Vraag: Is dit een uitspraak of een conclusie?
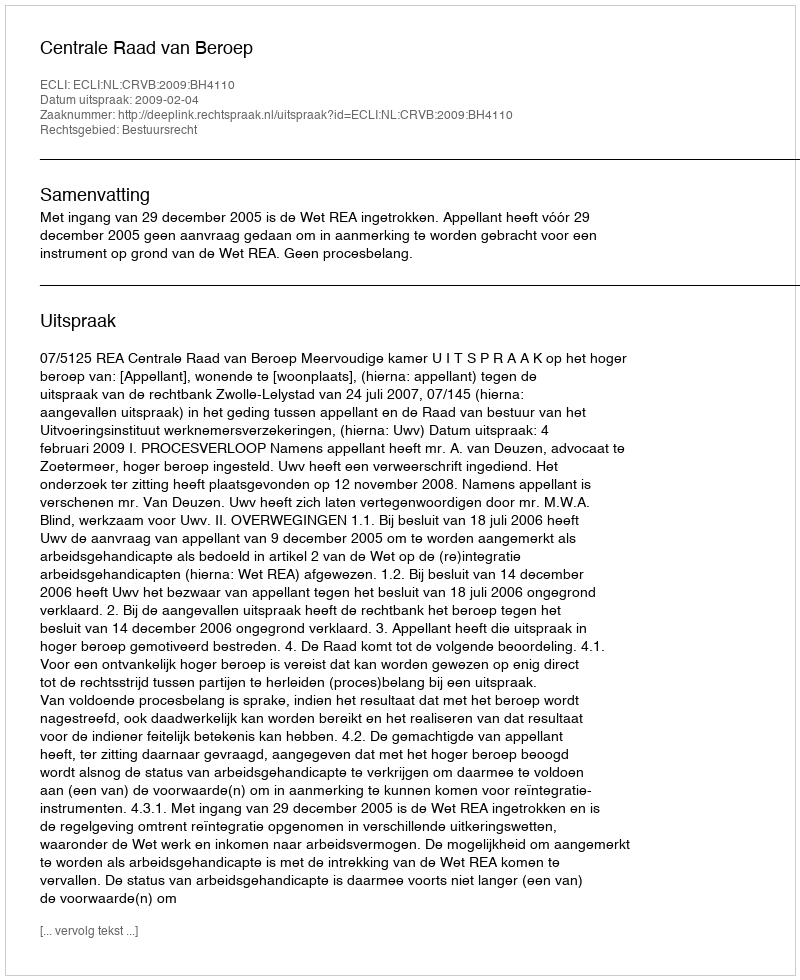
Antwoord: Uitspraak